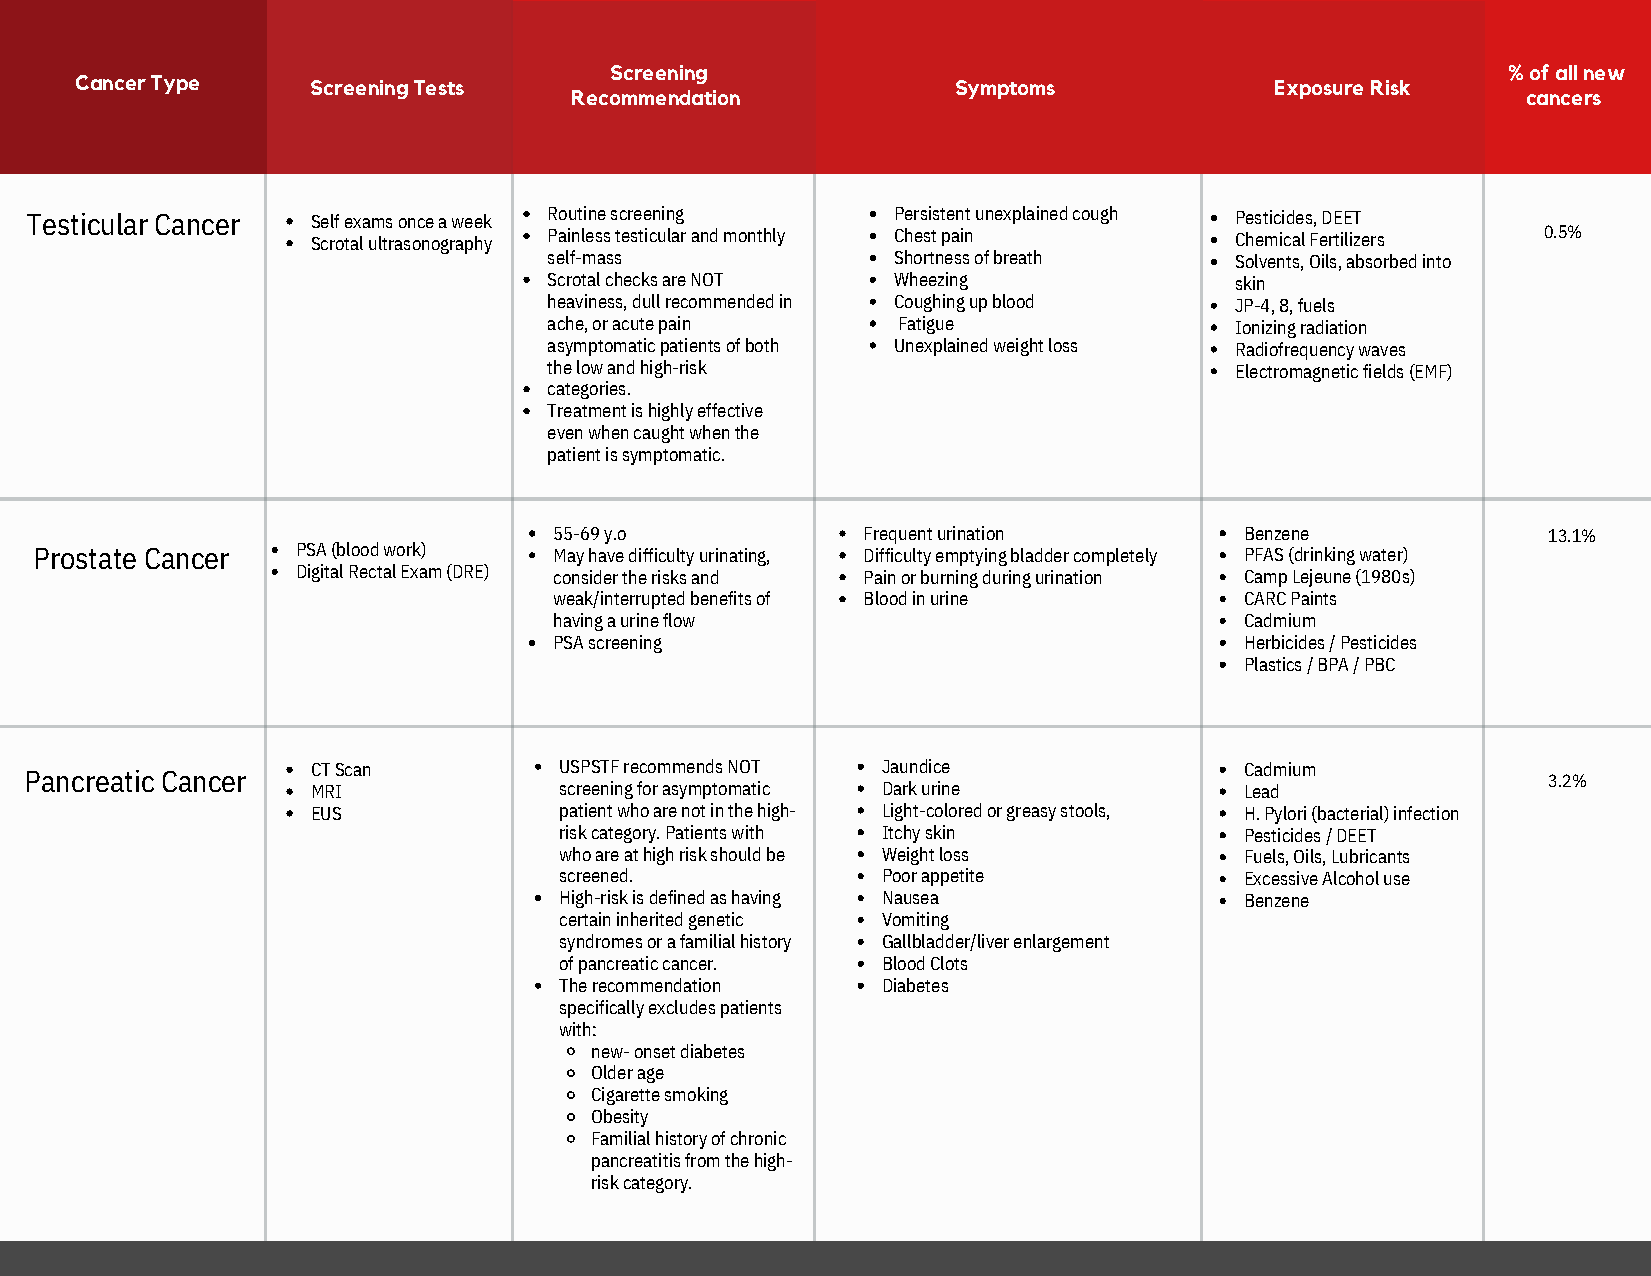
Screening                                                   % of all new
 Cancer Type     Screening Tests                           Symptoms             Exposure Risk
 Recommendation                                                 cancers
 Testicular Cancer  Self exams once a week Routine screening Persistent unexplained cough Pesticides, DEET
 Scrotal ultrasonography Painless testicular and monthly Chest pain Chemical Fertilizers 0.5%
 self-mass              Shortness of breath    Solvents, Oils, absorbed into
 Scrotal checks are NOT Wheezing               skin
 heaviness, dull recommended in Coughing up blood JP-4, 8, fuels
 ache, or acute pain    Fatigue                Ionizing radiation
 asymptomatic patients of both Unexplained weight loss Radiofrequency waves
 the low and high-risk                         Electromagnetic fields (EMF)
 categories.
 Treatment is highly effective
 even when caught when the
 patient is symptomatic.
 55-69 y.o           Frequent urination       Benzene             13.1%
 Prostate Cancer   PSA (blood work) May have difficulty urinating, Difficulty emptying bladder completely PFAS (drinking water)
 Digital Rectal Exam (DRE) consider the risks and Pain or burning during urination Camp Lejeune (1980s)
 weak/interrupted benefits of Blood in urine  CARC Paints
 having a urine flow                          Cadmium
 PSA screening                                Herbicides / Pesticides
 Plastics / BPA / PBC
 CT Scan         USPSTF recommends NOT Jaundice               Cadmium
 Pancreatic Cancer                                                                                   3.2%
 MRI             screening for asymptomatic Dark urine        Lead
 EUS             patient who are not in the high- Light-colored or greasy stools, H. Pylori (bacterial) infection
 risk category. Patients with Itchy skin      Pesticides / DEET
 who are at high risk should be Weight loss   Fuels, Oils, Lubricants
 screened.            Poor appetite           Excessive Alcohol use
 High-risk is defined as having Nausea        Benzene
 certain inherited genetic Vomiting
 syndromes or a familial history Gallbladder/liver enlargement
 of pancreatic cancer. Blood Clots
 The recommendation   Diabetes
 specifically excludes patients
 with:
 new- onset diabetes
 Older age
 Cigarette smoking
 Obesity
 Familial history of chronic
 pancreatitis from the high-
 risk category.